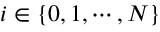
i \in \{ 0 , 1 , \cdots , N \}